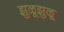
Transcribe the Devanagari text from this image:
झुळूझुळू